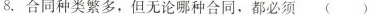
8.合同种类繁多，但无论哪种合同，都必须 ( )